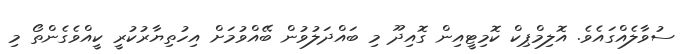
ސުވާލެއްގައެވެ. އޮލިމްޕިކް ކޮމިޓީއިން ގޮއިދޫ މި ބައްދަލުވުން ބޭއްވުމަށް އިހުތިޔާރުކުރީ ކީއްވެގެންތޯ މި